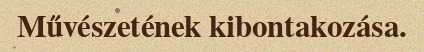
Művészetének kibontakozása.